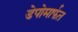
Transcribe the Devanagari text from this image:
डेपोमार्फत